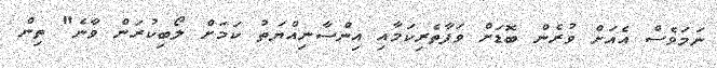
ނަމަވެސް އެއަށް ވުރެން ބޮޑަށް ވަފާތެރިކަމާއި އިންސާނިއްޔަތު ކަމަށް ލޯބިކުރަން ވާނެ" ތިން